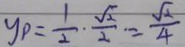
y _ { P } = \frac { 1 } { 2 } \cdot \frac { \sqrt { 2 } } { 2 } \cdot = \frac { \sqrt { 2 } } { 4 }